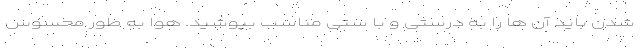
شدن باید آن ها را به درستی و با ستی مناسب بپوشید. هوا به طور محسوس